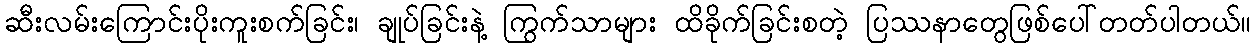
ဆီးလမ်းကြောင်းပိုးကူးစက်ခြင်း၊ ချုပ်ခြင်းနဲ့ ကြွက်သာများ ထိခိုက်ခြင်းစတဲ့ ပြဿနာတွေဖြစ်ပေါ်တတ်ပါတယ်။